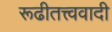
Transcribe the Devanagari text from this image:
रूढीतत्त्ववादी